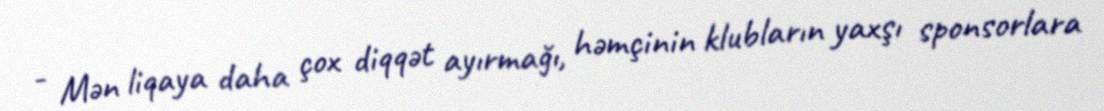
- Mən liqaya daha çox diqqət ayırmağı, həmçinin klubların yaxşı sponsorlara